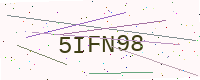
Text: 5IFN98